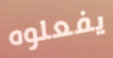
يفعلوه